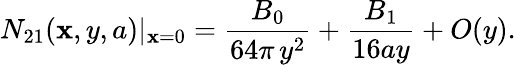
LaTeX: N_{21}(\mathbf{x},y,a)|_{\mathbf{x}=0}=\frac{{B_{0}}}{{64\pi\, y^{2}}}+\frac{{B_{1}}}{{16ay}}+O(y).